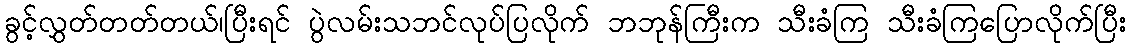
ခွင့်လွှတ်တတ်တယ်၊ပြီးရင် ပွဲလမ်းသဘင်လုပ်ပြလိုက် ဘဘုန်ကြီးက သီးခံကြ သီးခံကြပြောလိုက်ပြီး